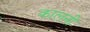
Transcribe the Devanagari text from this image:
कालनी